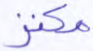
مكنز